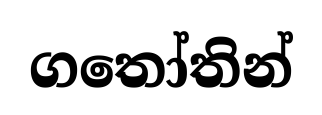
ගතෝතින්